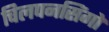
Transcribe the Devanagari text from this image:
चिलपनसिंगो